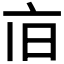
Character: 𪜢